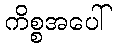
ကိစ္စအပေါ်